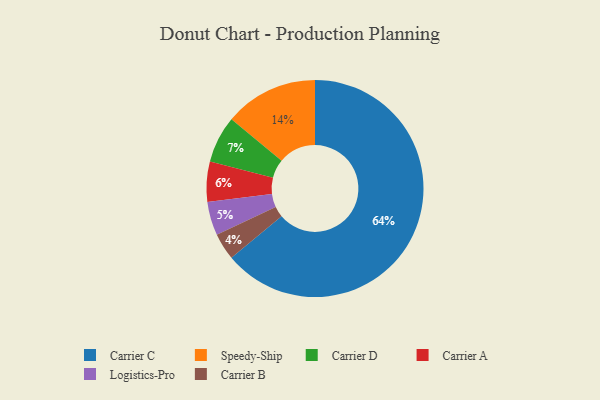
{"axis": {"x": "Category", "y": "Percentage"}, "legend": ["Carrier A", "Carrier B", "Carrier C", "Carrier D", "Logistics-Pro", "Speedy-Ship"], "data": [{"x": "Carrier D", "y": 7, "type": "Carrier D"}, {"x": "Carrier B", "y": 4, "type": "Carrier B"}, {"x": "Carrier A", "y": 6, "type": "Carrier A"}, {"x": "Logistics-Pro", "y": 5, "type": "Logistics-Pro"}, {"x": "Carrier C", "y": 64, "type": "Carrier C"}, {"x": "Speedy-Ship", "y": 14, "type": "Speedy-Ship"}]}